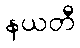
နယတီ